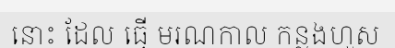
នោះ ដែល ធ្វើ មរណកាល កន្លងហួស